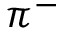
\pi ^ { - }